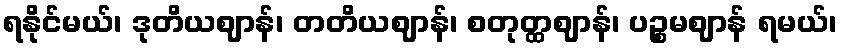
ရနိုင်မယ်၊ ဒုတိယဈာန်၊ တတိယဈာန်၊ စတုတ္ထဈာန်၊ ပဉ္စမဈာန် ရမယ်၊